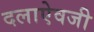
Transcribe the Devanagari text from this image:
दलाऐवजी